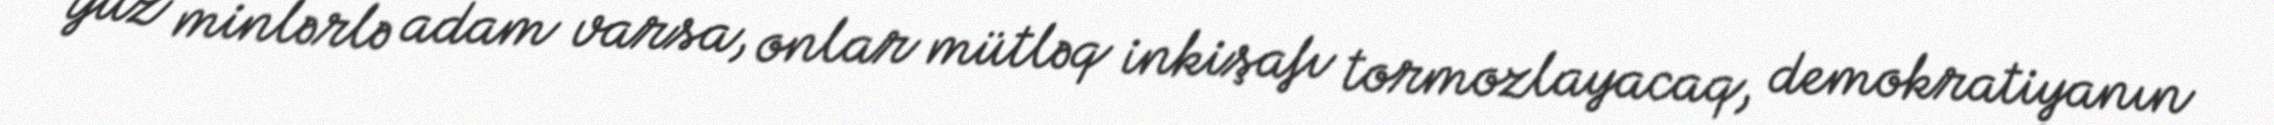
yüz minlərlə adam varsa, onlar mütləq inkişafı tormozlayacaq, demokratiyanın